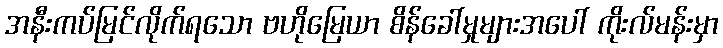
အနီးကပ်မြင်လိုက်ရသော ဗဟိုမြေယာ စိန်ခေါ်မှုများအပေါ် ကိုးလ်မန်းမှာ